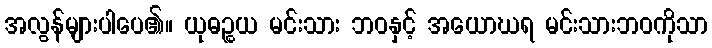
အလွန်များပါပေ၏။ ယုဓဉ္စယ မင်းသား ဘဝနှင့် အယောဃရ မင်းသားဘဝကိုသာ